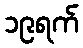
၁၉ရက်